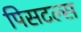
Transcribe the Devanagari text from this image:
पिसटल्स